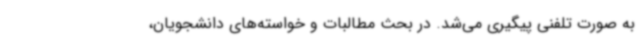
به صورت تلفنی پیگیری می‌شد. در بحث مطالبات و خواسته‌های دانشجویان،